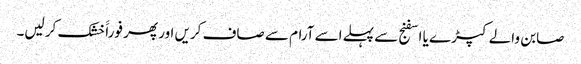
صابن والے کپڑے یا اسفنج سے پہلے اسے آرام سے صاف کریں اور پھر فوراََ خشک کر لیں۔